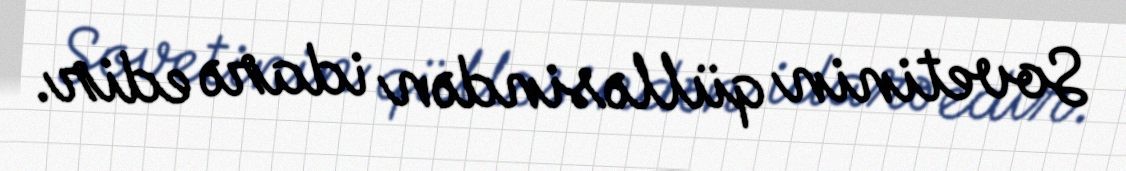
Sovetinin qülləsindən idarə edir.